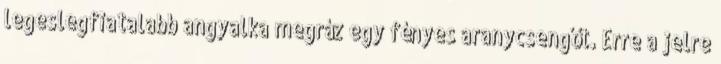
legeslegfiatalabb angyalka megráz egy fényes aranycsengőt. Erre a jelre